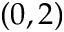
( 0 , 2 )